Leaving Certificate Examination, 1921
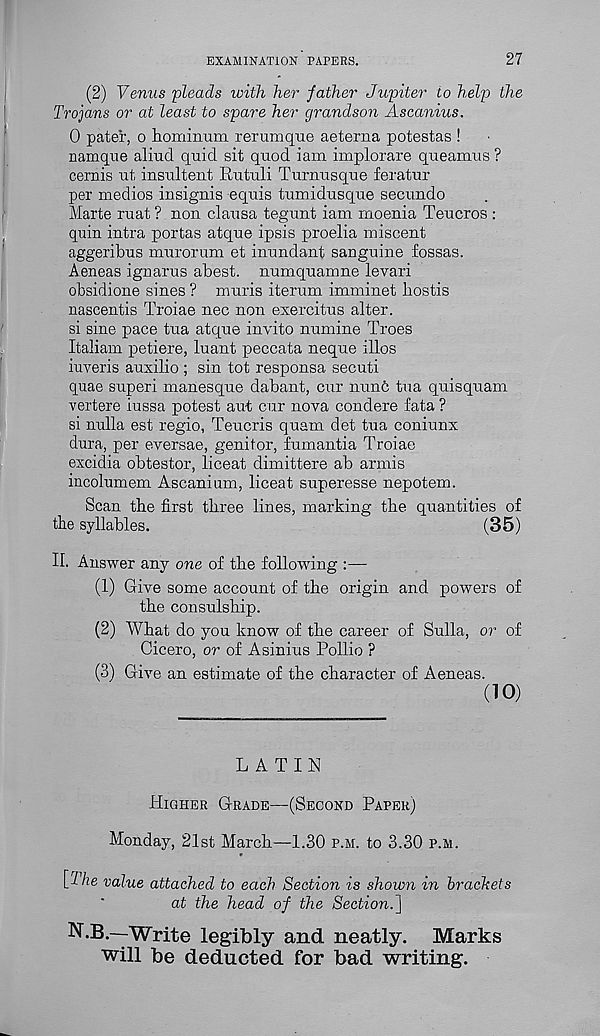
EXAMINATION PAPERS.
27
(2) Venus 'pleads with her father Jupiter to help the
Trojans or at least to spare her grandson Ascanius.
0 pater, o hominum rerum que aeterna potestas !
namque aliud quid sit quod iam implorare queamus ?
cernis ut insultent Rutuli Turnusque feratur
per medios insignis equis tumidusque secundo
Marte ruat ? non clausa tegunt iam rnoenia Teucros :
quin intra portas atque ipsis proelia miscent
aggeribus murorum et inundant sanguine fossas.
Aeneas ignarus abest. numquamne levari
obsidione sines ? muris iterum imminet bostis
nascentis Troiae nec non exercitus alter.
si sine pace tua atque invito numine Trees
Italiam petiere, luant peccata neque illos
iuveris auxilio ; sin tot responsa secuti
quae superi manesque dabant, cur nunc tua quisquam
vertere iussa potest aut cur nova condere fata ?
si nulla est regio, Teucris quam det tua coniunx
dura, per eversae, genitor, fumantia Troiae
excidia obtestor, liceat dimittere ab armis
incolumem Ascanium, liceat superesse nepotem.
Scan the first three lines, marking the quantities of
the syllables.
(35)
II. Answer any one of the following :—
(1) Give some account of the origin and powers of
the consulship.
(2) What do you know of the career of Sulla, or of
Cicero, or of Asinius Pollio ?
(3) Give an estimate of the character of Aeneas.
(10)
LATIN
HIGHER GRADE—(SECOND PAPER)
Monday, 21st March—1.30 P.M. to 3.30 P.M.
[Ihe value attached to each Section is shown in brackets
at the head of the Section.']
N.B.—Write legibly and neatly. Marks
will be deducted for bad writing.